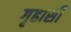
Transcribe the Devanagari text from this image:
गृहासी